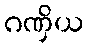
ဂဏှိယ